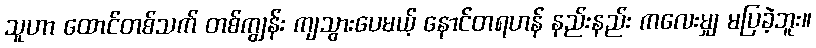
သူဟာ ထောင်တစ်သက် တစ်ကျွန်း ကျသွားပေမယ့် နောင်တရဟန် နည်းနည်း ကလေးမျှ မပြခဲ့ဘူး။